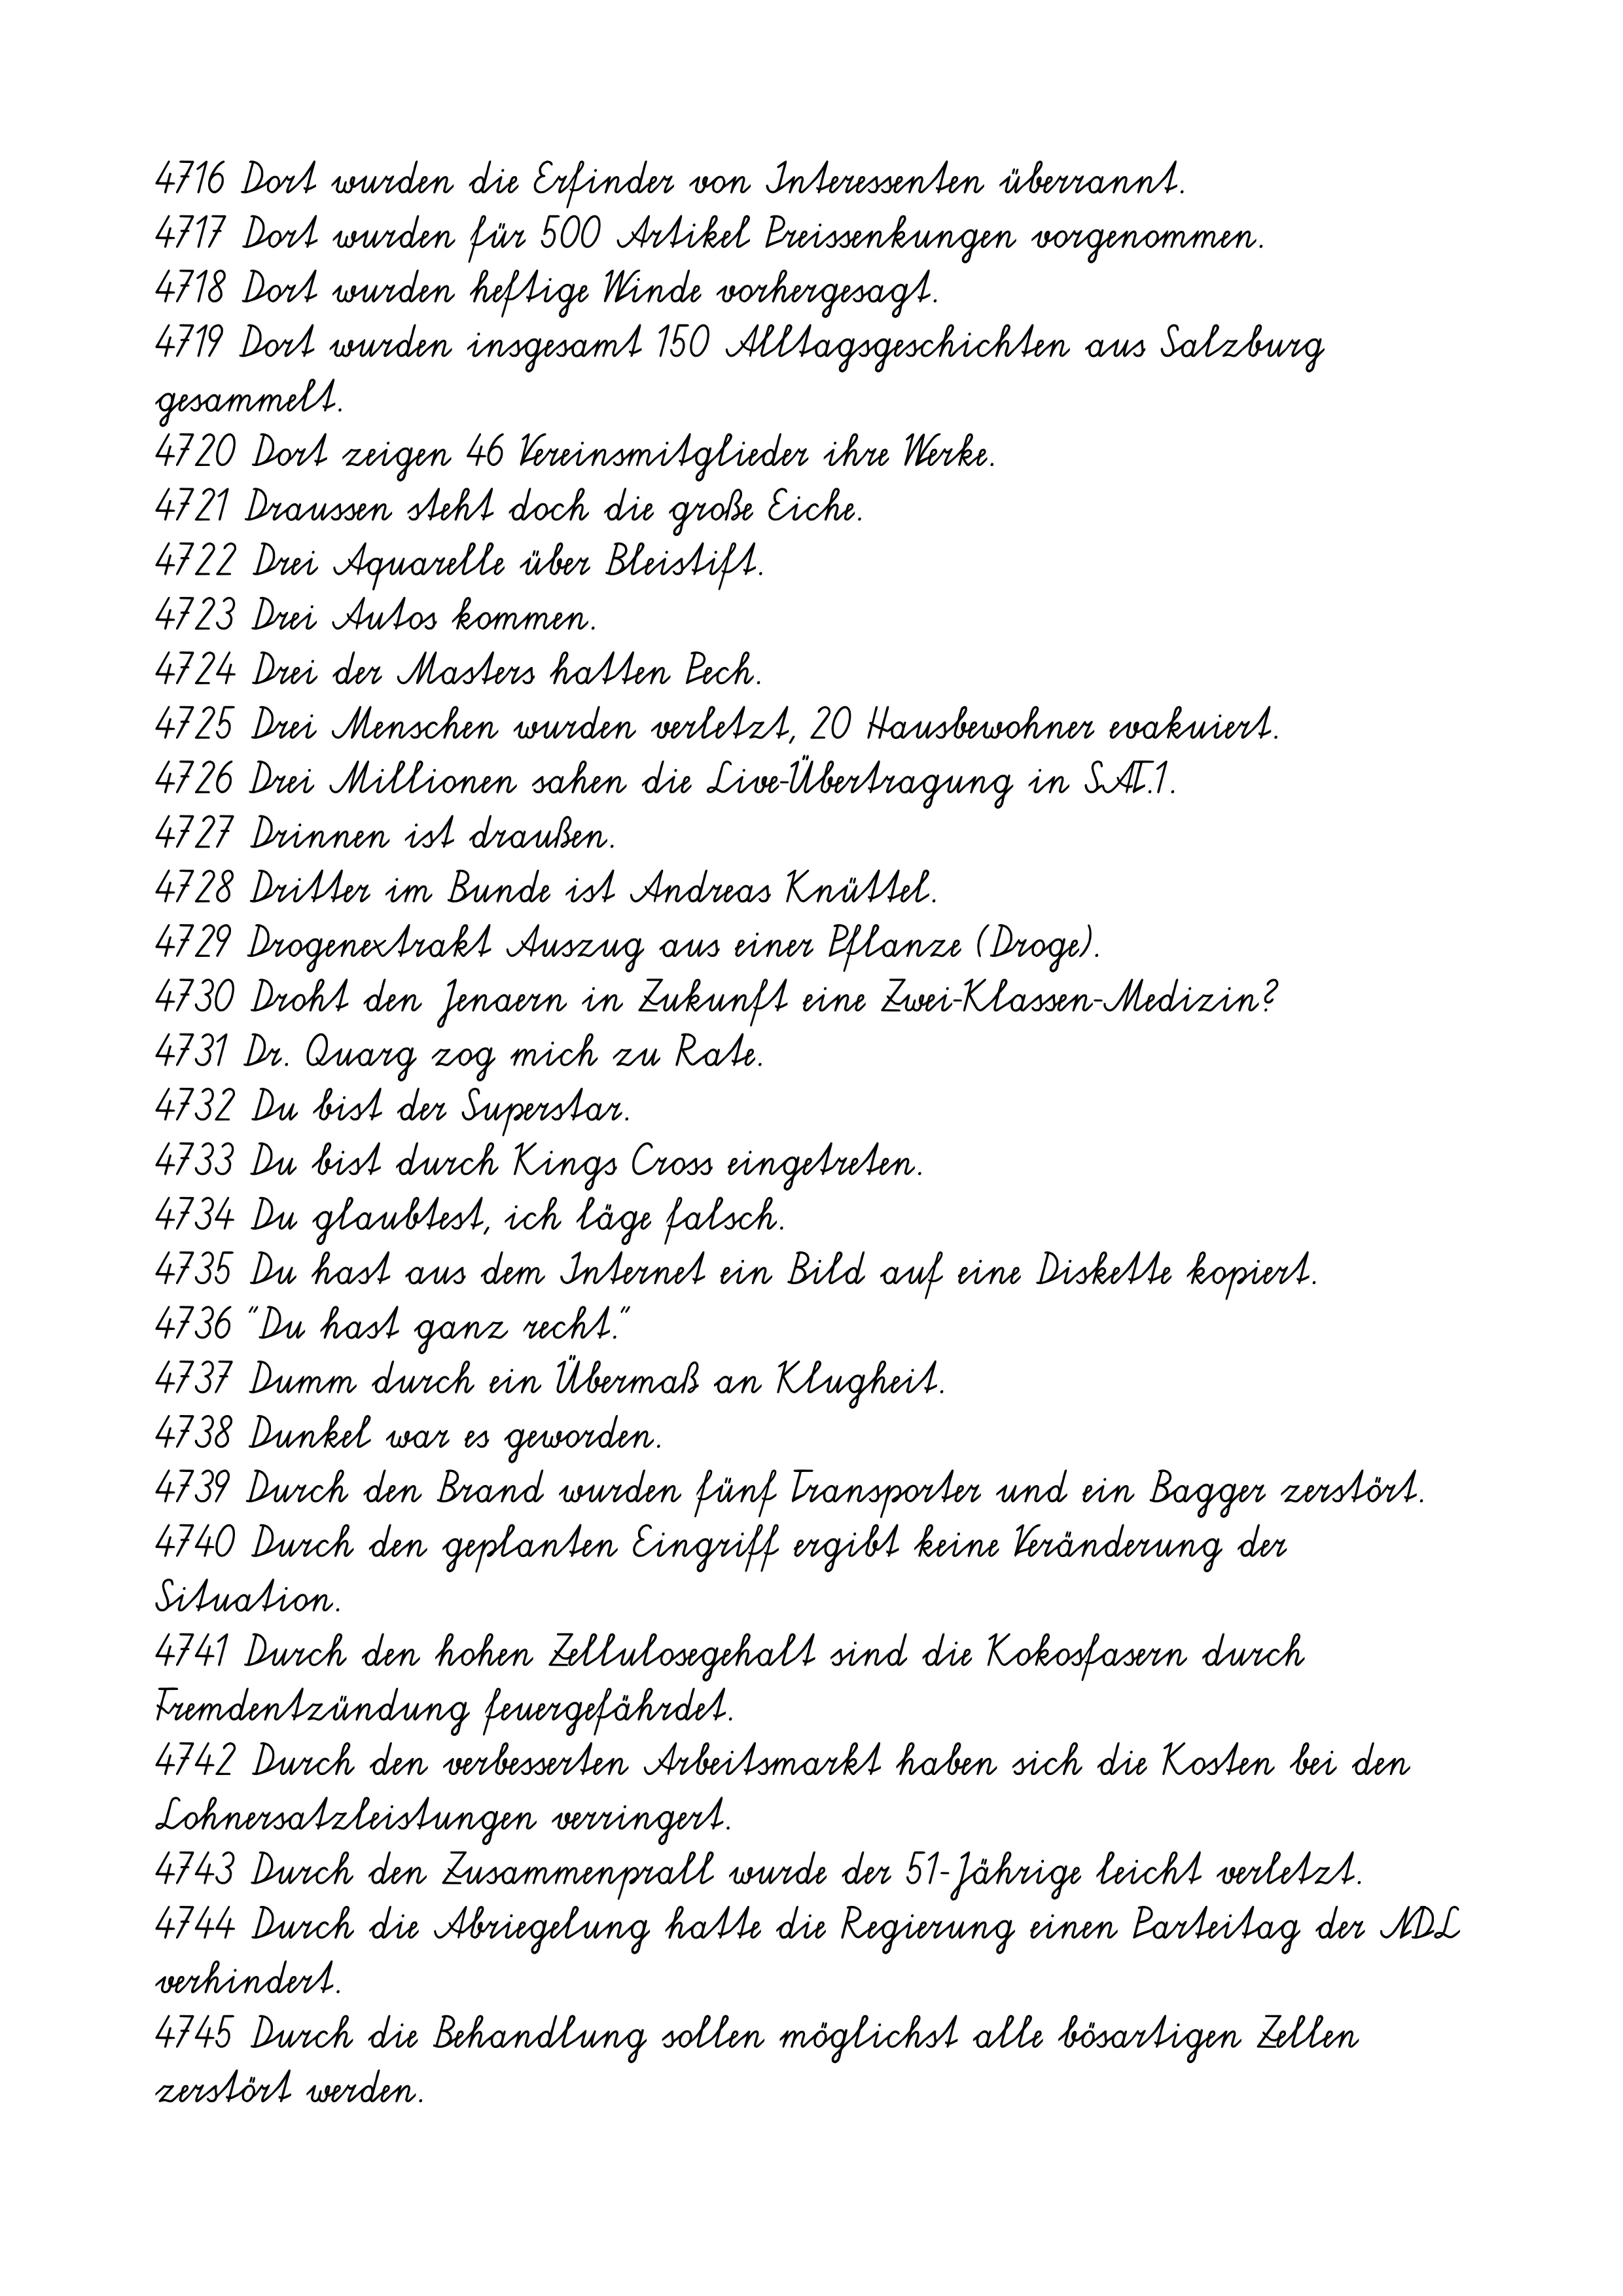
4746 Durch die Brände kommen 173 Menschen ums Leben.
4747 Durch die erhöhte Lage besteht Teilseesicht.
4748 Durch die Jahrhunderte verblasste die Erinnerung an das Großreich
der Hethiter.
4749 Durch die Nähe zum Suez-Kanal herrschte strenges Fotografierverbot.
4750 Durch die Reduzierung des Materialeinsatzes können die Kosten der
Systeme gesenkt werden.
4751 Durch diese Erfahrung haben die Menschen eine gewisse Gelassenheit
entwickelt.
4752 Durch diese Methode kann eine Szene nur ungefähr beurteilt werden.
4753 Durch diese Methoden werden die Interessenten über Änderungen
informiert.
4754 Durch diesen Vorgang wurden die Sohlen länger haltbar.
4755 Durch die verschlossene Wohnungstüre war das kleine Baby zu hören.
4756 Durch ein beauftragtes Abschleppunternehmen wurde der Wagen von
der Unfallstelle entfernt.
4757 Durch eine Geschäftsprozeßoptimierung lassen sich ähnliche
Effizienzsteigerungen realisieren.
4758 Durch Kriegseinwirkungen wurde sie schwer beschädigt.
4759 Durch Öffentlichkeitsarbeit und Werbung wird der regionale
Tourismus gefördert.
4760 Durch regelmäßige Wiederholung werden die Prozesse optimiert.
4761 Durchschnitte von Liniensegmenten?
4762 Durch Trennung der verschiedenen Verlustanteile wird das
Verbesserungspotential ausgeleuchtet.
4763 "Du solltest auch das Rauchen lassen."
4764 Du stiehlst mir meine Zeit.
4765 Du suchst Mitflieger!
4766 Du tust es für dich!
4767 Du willst uns wohl auf den Arm nehmen!
4768 Eärnil besiegt den Feind in Südithilien.
4769 Ebay verlieren 0,1% auf 14,30 USD.
4770 Ebener, harter Untergrund.
4771 Ebenfalls beibehalten wurde das Konzept des Antriebs.
4772 Ebenso das Dienstleistungsgewerbe.
4773 Ebenso die taktischen Vorgaben.